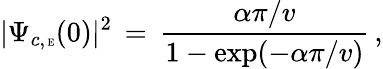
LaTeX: |\Psi_{c,\mathrm{\tiny~E}}(0)|^{2}\, =\, \frac{\alpha\pi/v}{1-\mathrm{exp}(-\alpha\pi/v)}\, ,